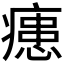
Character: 𭼢